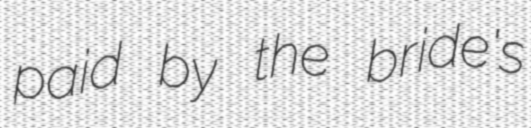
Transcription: paid by the bride's